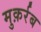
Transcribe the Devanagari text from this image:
मुक़र्रब